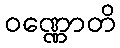
ဝဏ္ဏောတိ